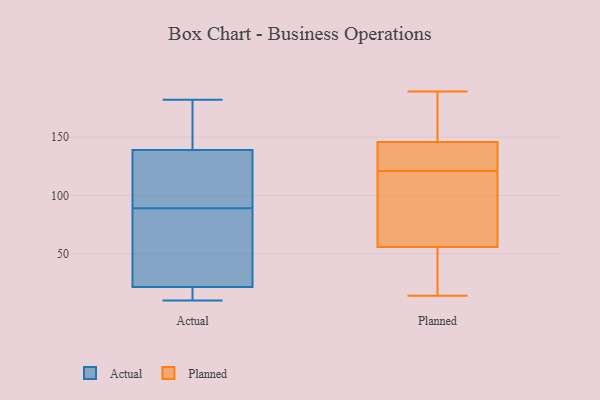
{"axis": {"x": "Page Views", "y": "Value"}, "legend": ["Actual", "Planned"], "data": [{"x": "", "y": 18, "type": "Actual"}, {"x": "", "y": 44, "type": "Actual"}, {"x": "", "y": 182, "type": "Actual"}, {"x": "", "y": 20, "type": "Actual"}, {"x": "", "y": 157, "type": "Actual"}, {"x": "", "y": 10, "type": "Actual"}, {"x": "", "y": 149, "type": "Actual"}, {"x": "", "y": 23, "type": "Actual"}, {"x": "", "y": 87, "type": "Actual"}, {"x": "", "y": 91, "type": "Actual"}, {"x": "", "y": 129, "type": "Actual"}, {"x": "", "y": 128, "type": "Actual"}, {"x": "", "y": 53, "type": "Planned"}, {"x": "", "y": 15, "type": "Planned"}, {"x": "", "y": 110, "type": "Planned"}, {"x": "", "y": 148, "type": "Planned"}, {"x": "", "y": 139, "type": "Planned"}, {"x": "", "y": 121, "type": "Planned"}, {"x": "", "y": 121, "type": "Planned"}, {"x": "", "y": 15, "type": "Planned"}, {"x": "", "y": 139, "type": "Planned"}, {"x": "", "y": 14, "type": "Planned"}, {"x": "", "y": 20, "type": "Planned"}, {"x": "", "y": 181, "type": "Planned"}, {"x": "", "y": 189, "type": "Planned"}, {"x": "", "y": 108, "type": "Planned"}, {"x": "", "y": 184, "type": "Planned"}, {"x": "", "y": 64, "type": "Planned"}, {"x": "", "y": 85, "type": "Planned"}, {"x": "", "y": 139, "type": "Planned"}, {"x": "", "y": 187, "type": "Planned"}]}